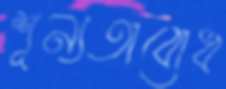
শূন্যতাবোধ